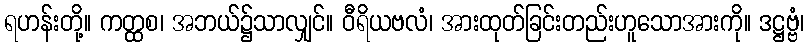
ရဟန်းတို့။ ကတ္ထစ၊ အဘယ်၌သာလျှင်။ ဝီရိယဗလံ၊ အားထုတ်ခြင်းတည်းဟူသောအားကို။ ဒဋ္ဌဗ္ဗံ၊